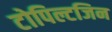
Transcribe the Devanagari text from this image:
टोपिल्टजिन